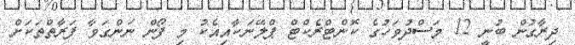
ދިރާގުން ބުނީ 12 މަސްދުވަހުގެ ކޮންޓްރެކްޓް ޕްލޭނަކާއިއެކު މި ފޯން ނަންގަވާ ފަރާތްތަކަށް